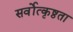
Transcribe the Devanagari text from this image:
सर्वोत्कृष्ठता